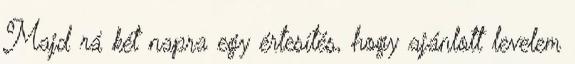
Majd rá két napra egy értesítés, hogy ajánlott levelem